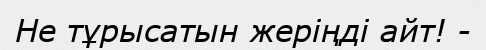
Не тұрысатын жеріңді айт! -